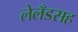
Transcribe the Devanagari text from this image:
लेलँडसह